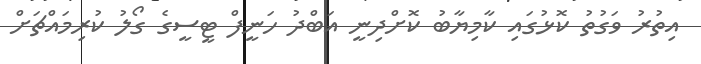
އިތުރު ވަގުތު ކޮޅުގައި ކާމިޔާބު ކޮށްދިނީ އަބްދު ހަނީފް ޓީސީގެ ގޯލު ކުރިމައްޗަށް